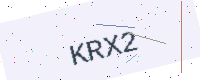
Text: KRX2